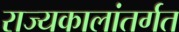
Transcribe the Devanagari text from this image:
राज्यकालांतर्गत